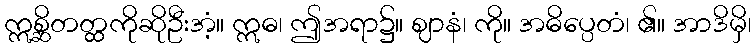
ဣစ္ဆိတတ္ထကိုဆိုဦးအံ့။ ဣဓ၊ ဤအရာ၌။ ဈာနံ၊ ကို။ အဓိပ္ပေတံ၊ ၏။ အာဒိမှိ၊